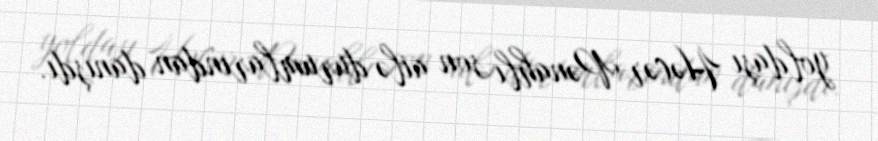
yoldaşı Həcər Pənahlı son ailə durumlarından danışdı.